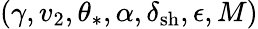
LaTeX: (\gamma,v_{2},\theta_{\ast},\alpha,\delta_{\mathrm{sh}},\epsilon,M)